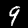
Digit: 9